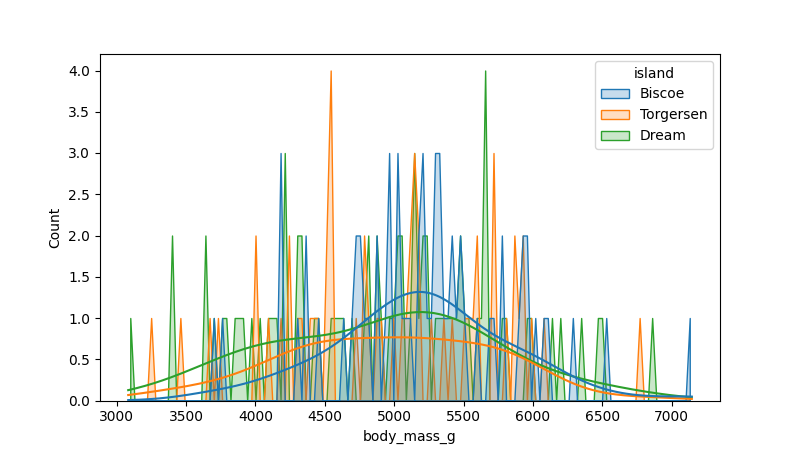
python, seaborn, histplot, hue='island', binwidth=30, bins='20', element='poly'